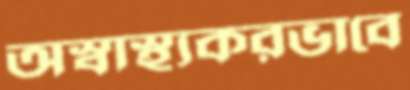
অস্বাস্থ্যকরভাবে